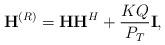
LaTeX: \begin{align*}\mathbf{H}^{(R)} = \mathbf{H}\mathbf{H}^H + \frac{KQ}{P_{T}}\mathbf{I},\end{align*}